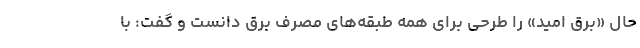
حال «برق امید» را طرحی برای همه طبقه‌های مصرف برق دانست و گفت: با